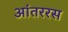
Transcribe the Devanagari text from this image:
आंतररस